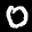
Label: 0